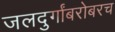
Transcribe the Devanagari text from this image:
जलदुर्गांबरोबरच